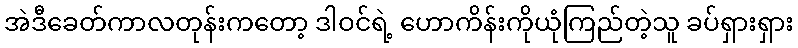
အဲဒီခေတ်ကာလတုန်းကတော့ ဒါဝင်ရဲ့ ဟောကိန်းကိုယုံကြည်တဲ့သူ ခပ်ရှားရှား